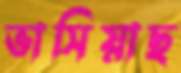
ভাসিয়াছ